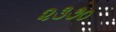
૨૩૭૦